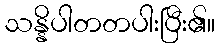
သန္နိပါတတပါးပြီး၏။